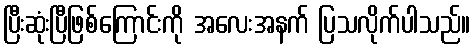
ပြီးဆုံးပြီဖြစ်ကြောင်းကို အလေးအနက် ပြသလိုက်ပါသည်။